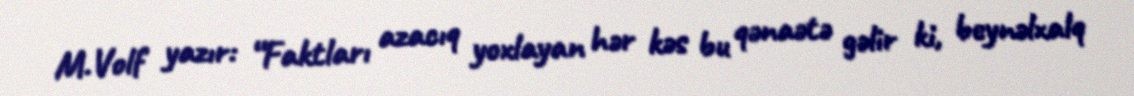
M.Volf yazır: “Faktları azacıq yoxlayan hər kəs bu qənaətə gəlir ki, beynəlxalq